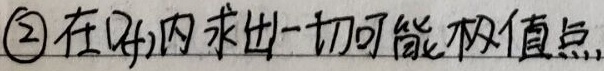
\textcircled{2} 在\(D(f)\)内求出一切可能极值点.